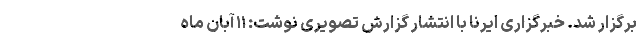
برگزار شد. خبرگزاری ایرنا با انتشار گزارش تصویری نوشت: ۱۱ آبان ماه